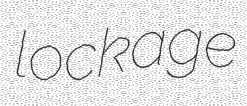
lockage